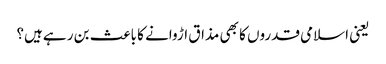
یعنی اسلامی قدروں کا بھی مذاق اڑوانے کا باعث بن ر ہےہیں؟